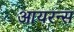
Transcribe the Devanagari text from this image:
आयरन्‍स